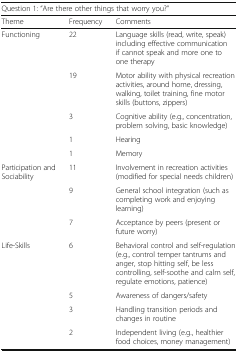
<table><thead><tr><td colspan="3"><b>Question 1: “Are there other things that worry you?”</b></td></tr><tr><td><b>Theme</b></td><td><b>Frequency</b></td><td><b>Comments</b></td></tr></thead><tbody><tr><td rowspan="5">Functioning</td><td>22</td><td>Language skills (read, write, speak) including effective communication if cannot speak and more one to one therapy</td></tr><tr><td>19</td><td>Motor ability with physical recreation activities, around home, dressing, walking, toilet training, fine motor skills (buttons, zippers)</td></tr><tr><td>3</td><td>Cognitive ability (e.g., concentration, problem solving, basic knowledge)</td></tr><tr><td>1</td><td>Hearing</td></tr><tr><td>1</td><td>Memory</td></tr><tr><td rowspan="3">Participation and Sociability</td><td>11</td><td>Involvement in recreation activities (modified for special needs children)</td></tr><tr><td>9</td><td>General school integration (such as completing work and enjoying learning)</td></tr><tr><td>7</td><td>Acceptance by peers (present or future worry)</td></tr><tr><td rowspan="4">Life-Skills</td><td>6</td><td>Behavioral control and self-regulation (e.g., control temper tantrums and anger, stop hitting self, be less controlling, self-soothe and calm self, regulate emotions, patience)</td></tr><tr><td>5</td><td>Awareness of dangers/safety</td></tr><tr><td>3</td><td>Handling transition periods and changes in routine</td></tr><tr><td>2</td><td>Independent living (e.g., healthier food choices, money management)</td></tr></tbody></table>